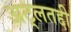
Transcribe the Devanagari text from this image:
अट्लतद्दी